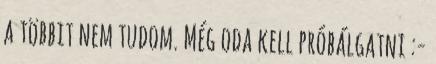
a többit nem tudom. Még oda kell próbálgatni :-